system: You are a helpful assistant.
user:
Analyze the provided spectrum to determine if it is a **M-type Giant (gM)**.

A M-type Giant spectrum is defined by its **strong molecular absorption** features, particularly from **Titanium Oxide (TiO)**. You must check for one of the following mutually exclusive signatures:

- **Key Visual Indicators (Absorption-Dominated Spectrum):**

    - **(Primary):** The spectrum is dominated by strong molecular absorption from **Titanium Oxide (TiO)**. This is the **defining feature** of its M-type temperature class.
        - **(Key Bandheads):** Look for sharp, "saw-tooth" absorption valleys. The strongest are located near **~7050 Å**, **~6160 Å**, and **~5170 Å**.
        - **(Line Profile):** The "saw-tooth" morphology is critical: a **sharp, steep drop on the BLUE (short-wavelength) side** of the bandhead, followed by a gradual recovery (rising flux) towards the RED (long-wavelength) side.

    - **(Key Confirmation - Giant vs. Dwarf):** **ABSENCE** of strong **Calcium Hydride (CaH)** molecular bands. This is the primary diagnostic for *excluding* M-dwarfs.
        - **(Key Region):** The spectrum should lack the strong, broad absorption band seen in dwarfs between **~6800 Å and ~7000 Å**.

    - **(Secondary Confirmation - Giant):** A very strong and broad **Neutral Calcium (Ca I)** atomic absorption line.
        - **(Key Line):** Located at **~4226 Å**. In a giant (gM), this line is significantly deeper and broader than the same line in an M-dwarf (dM) due to low surface gravity.

    - **(Overall Spectrum):**
        - The continuum is **extremely red-sloping** (i.e., flux is very low in the blue and rises dramatically towards the red).
        - The entire spectrum appears "chopped up" by the deep TiO bands.

Think first, call **spectral_visualization_tool** if needed to examine features in detail, then provide your final answer. Your response must adhere to the following strict rules:
1.  **Overall Structure:** Your response must follow the format `<think>...</think> <tool_call>...</tool_call> (if a tool is used) <answer>...</answer>`.
2.  **Tool Usage Constraint:** You may only make **one** tool call per turn.
3.  **Final Answer Format:** In the `<answer>` tag, your conclusion must be inside a `\boxed{}` command (e.g., `\boxed{YES}` or `\boxed{NO}`), followed by your justification.

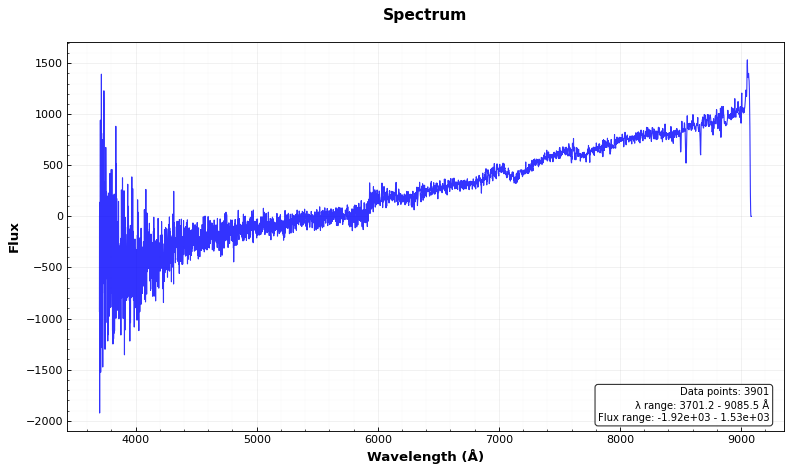
Answer: YES